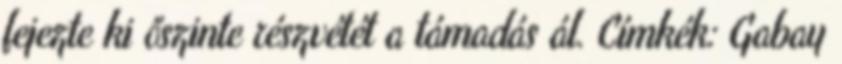
fejezte ki őszinte részvétét a támadás ál. Címkék: Gabay